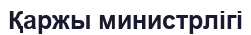
Қаржы министрлігі